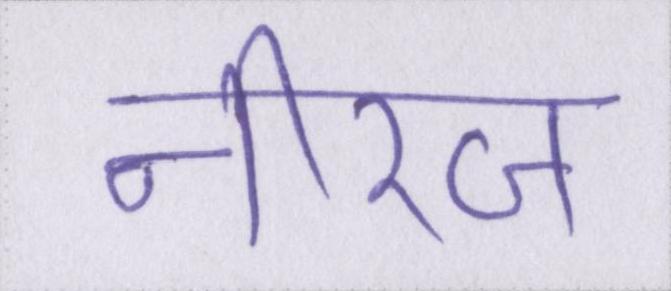
नीरज